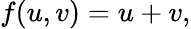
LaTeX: f(u,v)=u+v,